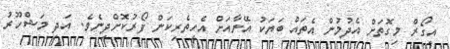
އިގޯރް މިގޮތަށް އެދުމުން އެތައް ބަޔަކު އޭނާއަށް އެހީތެރިކަން ފޯރުކޮށްދިނެވެ. އަދި މަޝްހޫރު